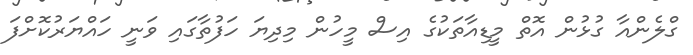
ގްލެންއާ ގުޅުން އޮތް މީޑިއާތަކުގެ އިސް މީހުން މިދިޔަ ހަފުތާގައި ވަނީ ހައްޔަރުކޮށްފަ